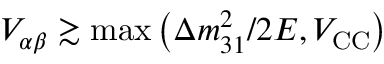
V _ { \alpha \beta } \gtrsim \operatorname* { m a x } \left( \Delta m _ { 3 1 } ^ { 2 } / 2 E , V _ { \mathrm { C C } } \right)